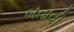
બતાવી